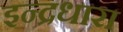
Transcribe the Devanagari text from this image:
इन्द्रधारा